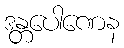
ဒန္တပေါဏေန